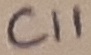
Text: C11